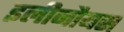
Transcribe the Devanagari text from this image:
इलीनौयस